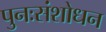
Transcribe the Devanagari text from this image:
पुनःसंशोधन